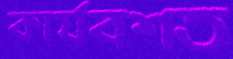
কার্যবশত